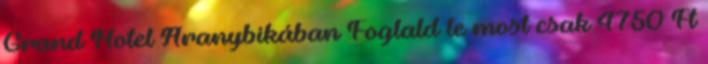
Grand Hotel Aranybikában Foglald le most csak 4750 Ft